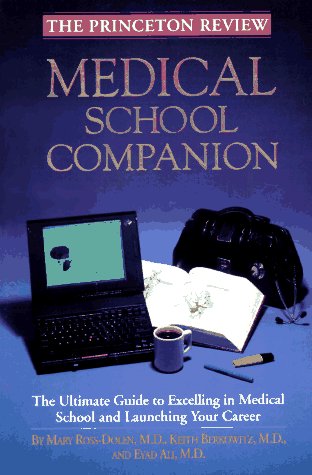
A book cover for Medical School Companion (Princeton Review); Mary Ross-Dolen; Education & Teaching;